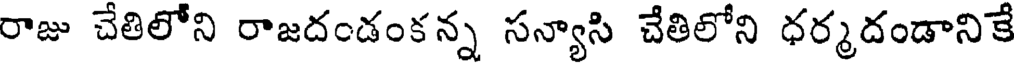
రాజు చేతిలోని రాజదండంకన్న సన్యాసి చేతిలోని ధర్మదండానికే